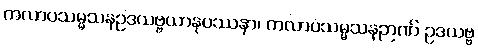
ကလာပသမ္မသနဥဒယဗ္ဗယာနုပဿနာ၊ ကလာပသမ္မသနဉာဏ် ဥဒယဗ္ဗ